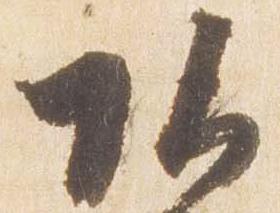
頭